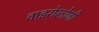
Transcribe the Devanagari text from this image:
वाइरोलोजी